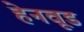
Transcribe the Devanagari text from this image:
हेनवूड